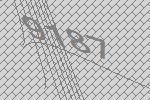
9187